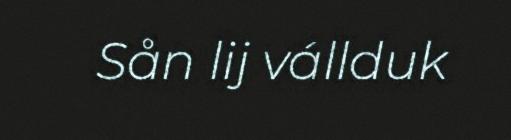
Sån lij vállduk